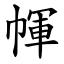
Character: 㡓